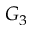
G _ { 3 }